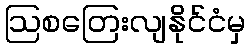
ဩစတြေးလျနိုင်ငံမှ